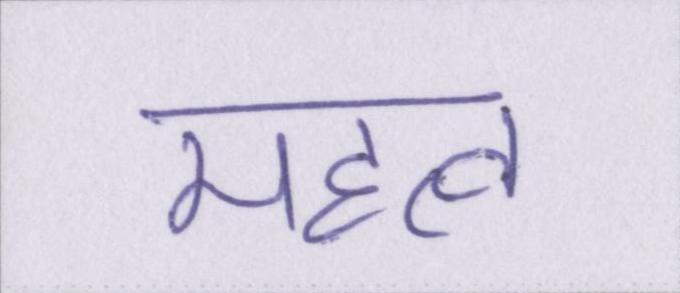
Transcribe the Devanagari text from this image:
महत्व